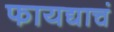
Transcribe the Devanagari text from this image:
फायद्याचं